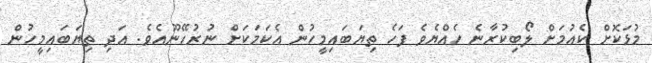
މުޅަކޮށް ކެއުމަށް ލޯބިކުރާނެ ހެއްޔެވެ ފަހެ ތިޔަބައިމީހުން އެކަމަކަށް ނުރުހޭނޫއެވެ. އަދި ތިޔަބައިމީހުން